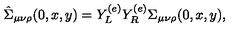
\hat { \Sigma } _ { \mu \nu \rho } ( 0 , x , y ) = Y _ { L } ^ { ( e ) } Y _ { R } ^ { ( e ) } \Sigma _ { \mu \nu \rho } ( 0 , x , y ) ,